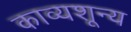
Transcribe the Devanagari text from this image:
काव्यशून्य